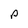
Character: p